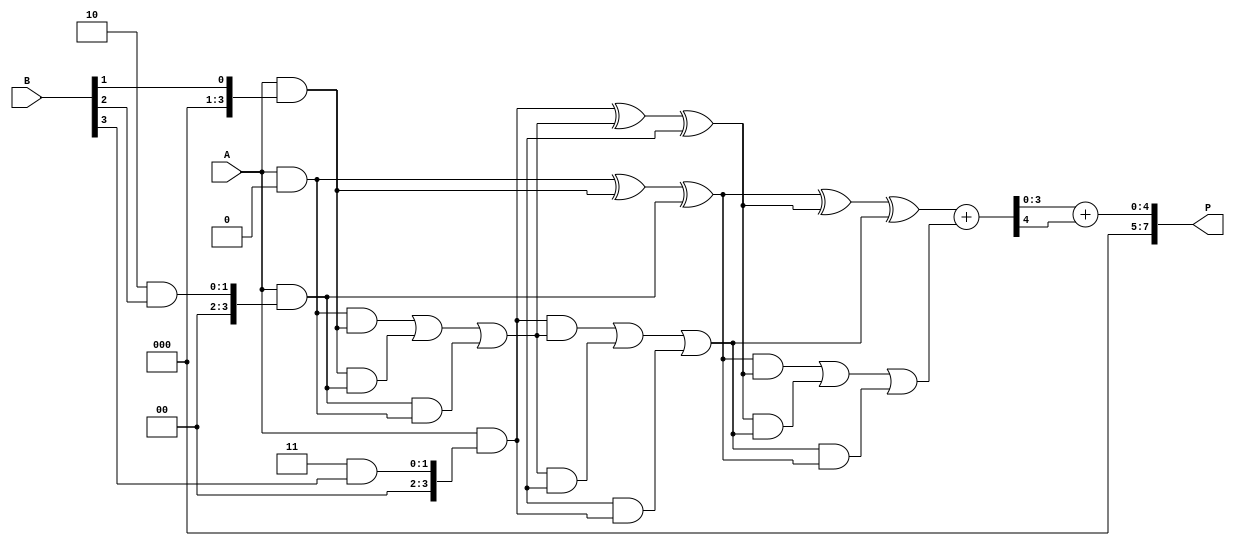
module WallaceTreeMultiplier #(parameter N = 4) (
    input [N-1:0] A,
    input [N-1:0] B,
    output reg [2*N-1:0] P
);

    // Partial Product Generation
    wire [N-1:0] pp[N-1:0];
    genvar i;
    generate
        for (i = 0; i < N; i = i + 1) begin : pp_gen
            assign pp[i] = A & { {N{i}} & B[i] }; // ANDing A with each bit of B
        end
    endgenerate

    // Carry-Save Adder (CSA)
    function [N-1:0] CSA(input [N-1:0] a, input [N-1:0] b, input [N-1:0] c);
        begin
            CSA = a ^ b ^ c; // Sum
        end
    endfunction

    function [N-1:0] CSA_Carry(input [N-1:0] a, input [N-1:0] b, input [N-1:0] c);
        begin
            CSA_Carry = (a & b) | (b & c) | (c & a); // Carry
        end
    endfunction

    // Wallace tree structure
    wire [N-1:0] sum1, sum2, carry1, carry2;
    wire [N-1:0] final_sum, final_carry;

    // Level 1 CSA
    assign sum1 = CSA(pp[0], pp[1], pp[2]);
    assign carry1 = CSA_Carry(pp[0], pp[1], pp[2]);
    
    assign sum2 = CSA(pp[3], carry1, pp[4]); // Considering only first 5 partial products
    assign carry2 = CSA_Carry(pp[3], carry1, pp[4]); 

    // Level 2 CSA
    wire [N-1:0] sum3, final_carry1;
    assign sum3 = CSA(sum1, sum2, carry2);
    assign final_carry1 = CSA_Carry(sum1, sum2, carry2);

    // Final Addition
    always @(*) begin
        // Final addition using a simple ripple-carry adder
        {final_carry, final_sum} = {1'b0, sum3} + {1'b0, final_carry1}; // Simple binary addition
        P = final_sum + final_carry; // Final product output
    end

endmodule